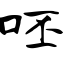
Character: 呸